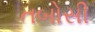
તબોસી